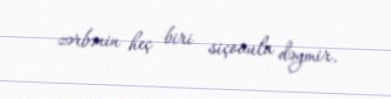
zərbənin heç biri siçovula dəymir.